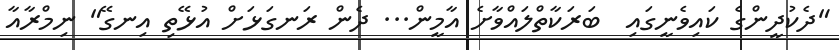
"ދެކުދީންގެ ކައިވެނީގައި  ބަރަކާތްލައްވާށެ އާމީން... ދެން ރަނގަޅަށް އުޅޭތި އިނގޭ" ނިމްރާއާ